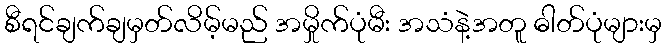
စီရင်ချက်ချမှတ်လိမ့်မည် အမှိုက်ပုံမီး အသံနဲ့အတူ ဓါတ်ပုံများမှ